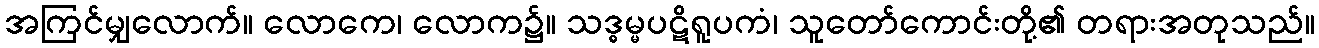
အကြင်မျှလောက်။ လောကေ၊ လောက၌။ သဒ္ဓမ္မပဋိရူပကံ၊ သူတော်ကောင်းတို့၏ တရားအတုသည်။